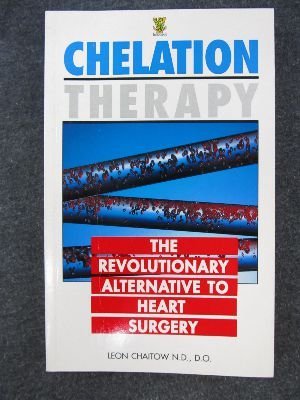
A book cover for Chelation Therapy: The Revolutionary Alternative to Heart Surgery; Leon Chaitlow; Health, Fitness & Dieting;